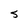
Character: S